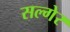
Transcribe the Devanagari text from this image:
सल्गेर